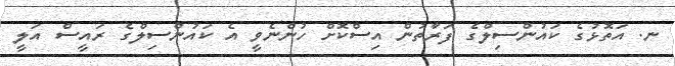
ނ. އަތޮޅުގެ ކައުންސިލްގެ ފަރާތުން އިސްކޮށް ހުންނެވީ އެ ކައުންސިލްގެ ރައީސް އަލީ